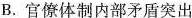
B.官僚体制内部矛盾突出